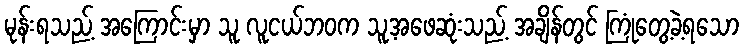
မုန်းရသည့် အကြောင်းမှာ သူ လူငယ်ဘဝက သူ့အဖေဆုံးသည့် အချိန်တွင် ကြုံတွေ့ခဲ့ရသော